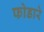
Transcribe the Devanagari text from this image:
फोडारे